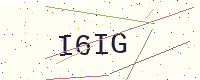
Text: I6IG